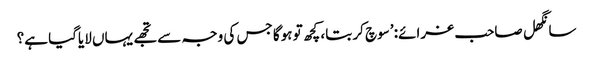
سانگھل صاحب غرائے: ’سوچ کر بتا، کچھ تو ہوگا جس کی وجہ سے تجھے یہاں لایاگیا ہے؟